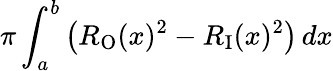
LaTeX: \pi\int_{a}^{b}\left(R_{\mathrm{O}}(x)^{2}-R_{\mathrm{I}}(x)^{2}\right)\, dx